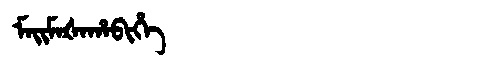
Manchu: ᠮᠠᡳᠮᠠᡧᠠᡥᠠᠪᡳᡥᡝ
Romanization: MAIMAŠAHABIHE